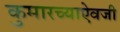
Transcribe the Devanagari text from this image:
कुमारच्याऐवजी